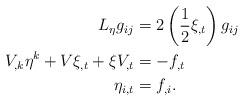
LaTeX: \begin{align*}L_{\eta}g_{ij} & =2\left( \frac{1}{2}\xi_{,t}\right) g_{ij}\\V_{,k}\eta^{k}+V\xi_{,t}+\xi V_{,t} & =-f_{,t}\\\eta_{i,t} & =f_{,i}. \end{align*}